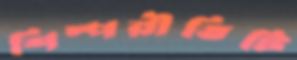
শিল্পরীতিটি